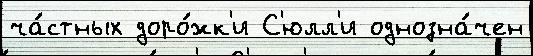
ча́стных доро́жк'и С'юлл'и однозна́чен